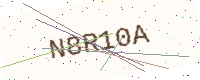
Text: N8R10A